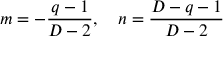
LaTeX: m = - \frac { q - 1 } { D - 2 } , \quad n = \frac { D - q - 1 } { D - 2 }